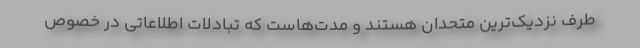
طرف نزدیک‌ترین متحدان هستند و مدت‌هاست که تبادلات اطلاعاتی در خصوص